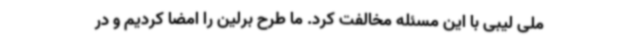
ملی لیبی با این مسئله مخالفت کرد. ما طرح برلین را امضا کردیم و در